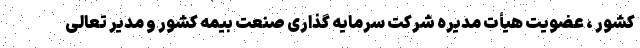
کشور ، عضویت هیأت مدیره شرکت سرمایه گذاری صنعت بیمه کشور و مدیر تعالی